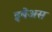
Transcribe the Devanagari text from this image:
इबेअस